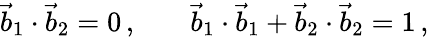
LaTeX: \begin{array}{rlr}{\vec{b}_{1}\cdot\vec{b}_{2}=0\, ,}&{{}}&{\vec{b}_{1}\cdot\vec{b}_{1}+\vec{b}_{2}\cdot\vec{b}_{2}=1\, ,}\end{array}